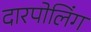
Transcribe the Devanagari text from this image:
दारपोलिंग